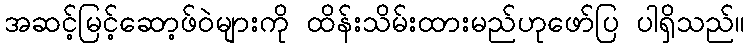
အဆင့်မြင့်ဆော့ဖ်ဝဲများကို ထိန်းသိမ်းထားမည်ဟုဖော်ပြ ပါရှိသည်။